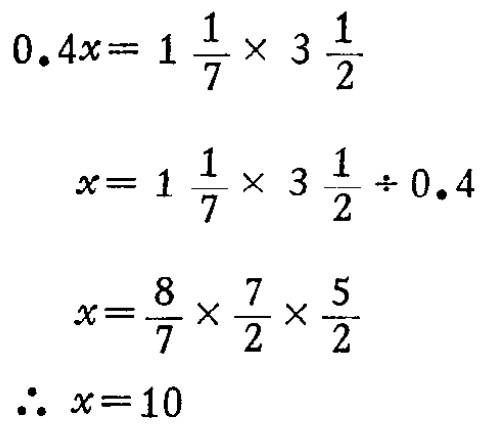
\[

\begin{align*}

0.4x&=1\frac{1}{7}\times3\frac{1}{2}\\

x&=1\frac{1}{7}\times3\frac{1}{2}\div0.4\\

x&=\frac{8}{7}\times\frac{7}{2}\times\frac{5}{2}\\

\therefore x&= 10

\end{align*}

\]